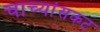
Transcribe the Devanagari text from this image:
चाच्यांसकट